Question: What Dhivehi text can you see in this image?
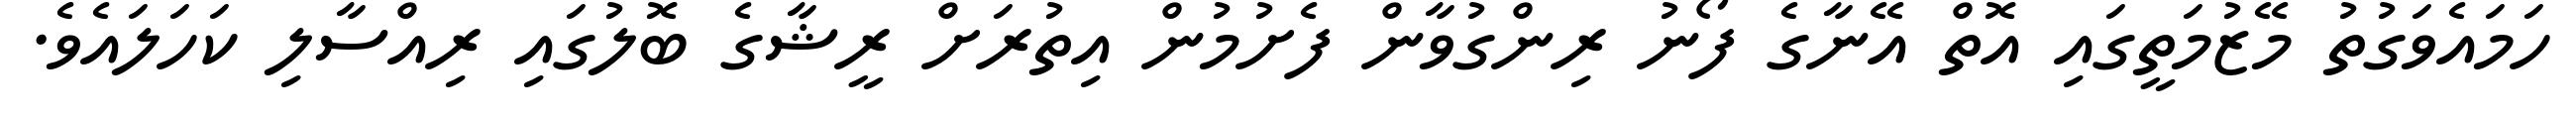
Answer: ހަމައެވަގުތު މޭޒުމަތީގައި އޮތް އޭނާގެ ފޯނު ރިންގުވާން ފެށުމުން އިތުރަށް ރީޝާގެ ބޮލުގައި ރިއްސާލި ކަހަލައެވެ.